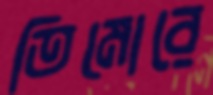
তিমোরে